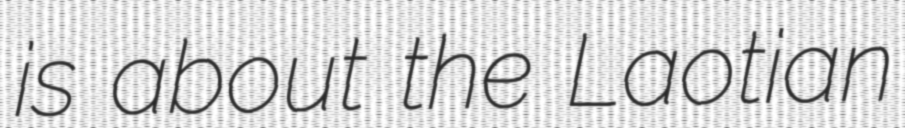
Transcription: is about the Laotian